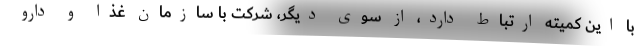
با این کمیته ارتباط دارد، از سوی دیگر، شرکت با سازمان غذا و دارو